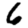
Digit: 6